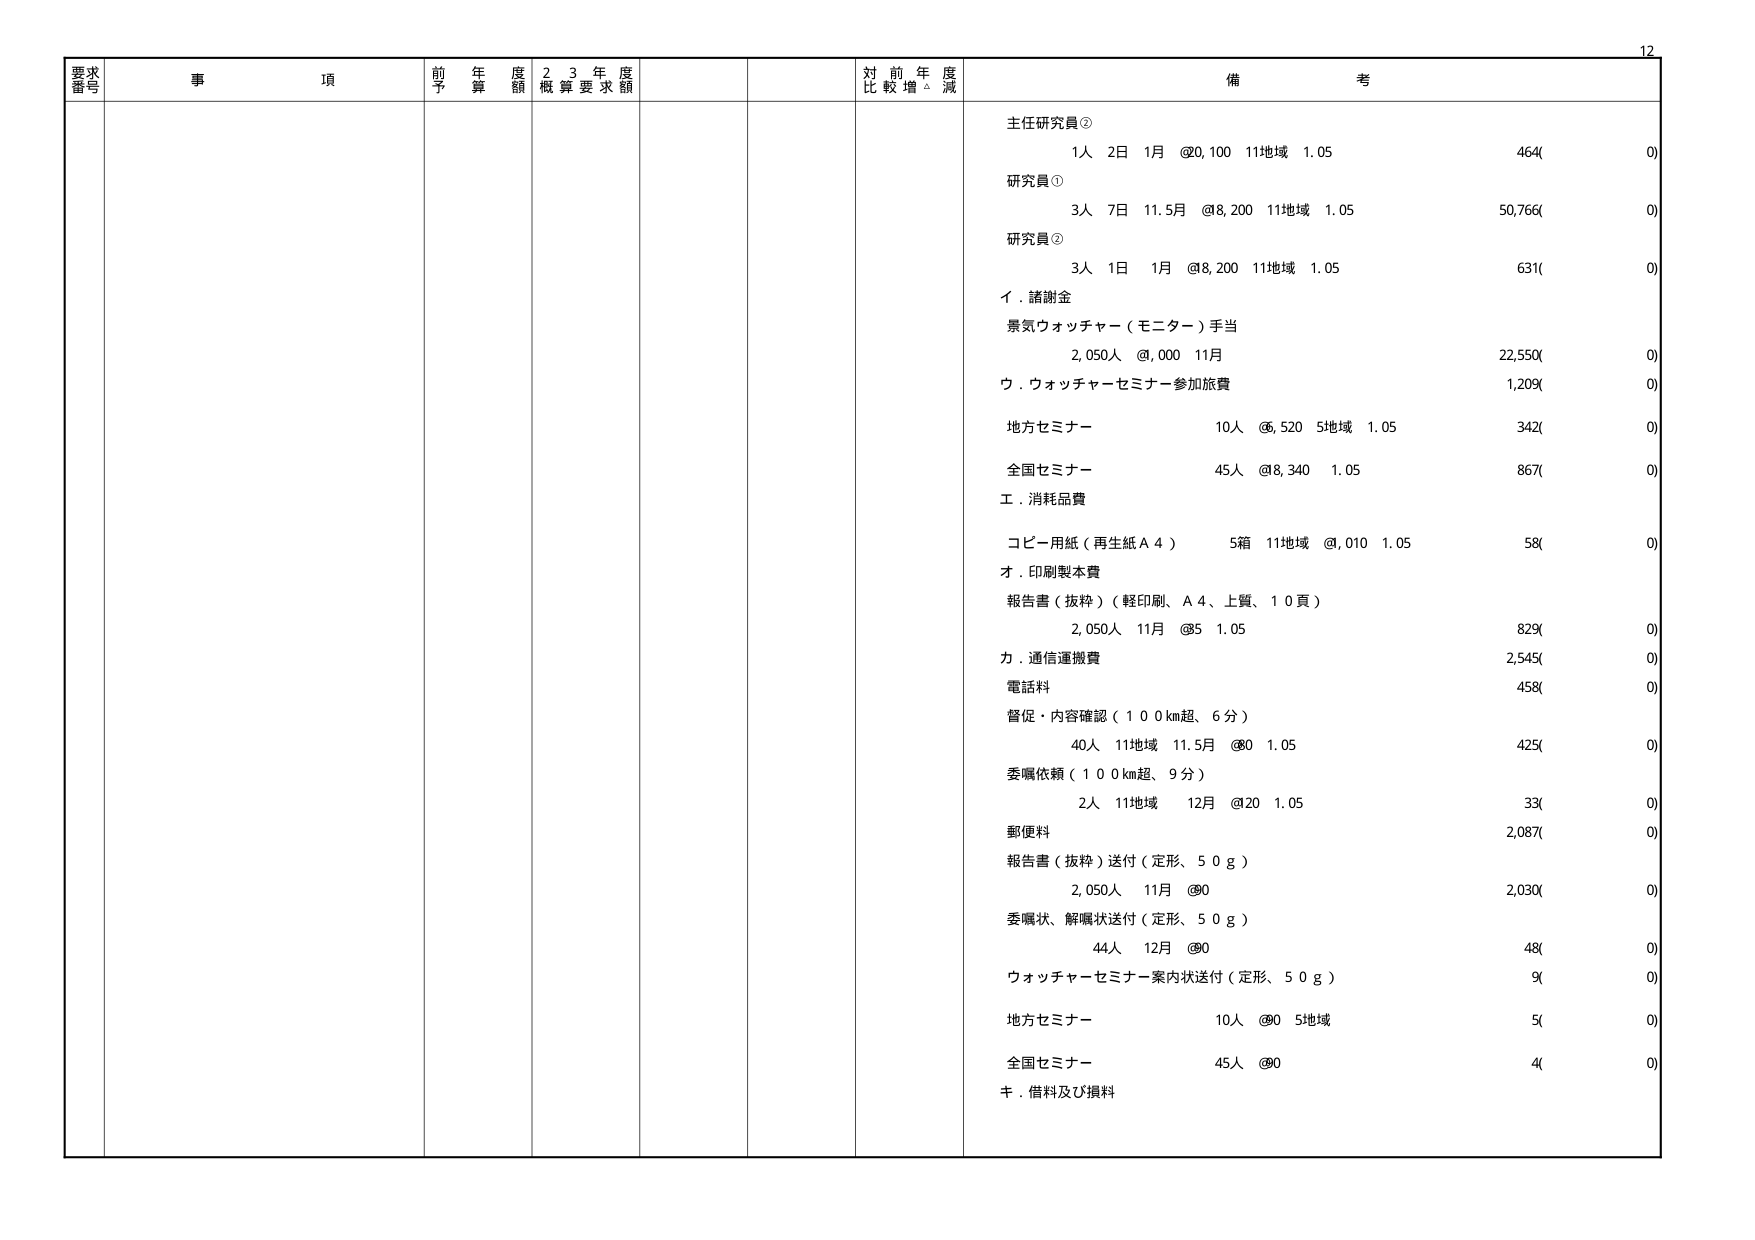
要求番号
事項
前年度予算額
23年度概算要求額
対前年度比較増減
備考
主任研究員②
1人 2日 1月 @20,100 11地域 1.05
464(0)
研究員①
3人 7日 11.5月 @8,200 11地域 1.05
50,766(0)
研究員②
3人 1日 1月 @8,200 11地域 1.05
631(0)
イ．諸謝金
景気ウォッチャー（モニター）手当
2,050人 @,000 11月
22,550(0)
ウ．ウォッチャーセミナー参加旅費
1,209(0)
地方セミナー
10人 @6,520 5地域 1.05
342(0)
全国セミナー
45人 @8,340 1.05
867(0)
エ．消耗品費
コピー用紙（再生紙Ａ４）
5箱 11地域 @,010 1.05
58(0)
オ．印刷製本費
報告書（抜粋）（軽印刷、Ａ４、上質、１０頁）
2,050人 11月 @5 1.05
829(0)
カ．通信運搬費
電話料
458(0)
督促・内容確認（１００km超、６分）
40人 11地域 11.5月 @0 1.05
425(0)
委嘱依頼（１００km超、９分）
2人 11地域 12月 @20 1.05
33(0)
郵便料
2,087(0)
報告書（抜粋）送付（定形、５０ｇ）
2,050人 11月 @0
2,030(0)
委嘱状、解嘱状送付（定形、５０ｇ）
44人 12月 @0
48(0)
ウォッチャーセミナー案内状送付（定形、５０ｇ）
9(0)
地方セミナー
10人 @0 5地域
5(0)
全国セミナー
45人 @0
4(0)
キ．借料及び損料